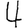
Digit: 4